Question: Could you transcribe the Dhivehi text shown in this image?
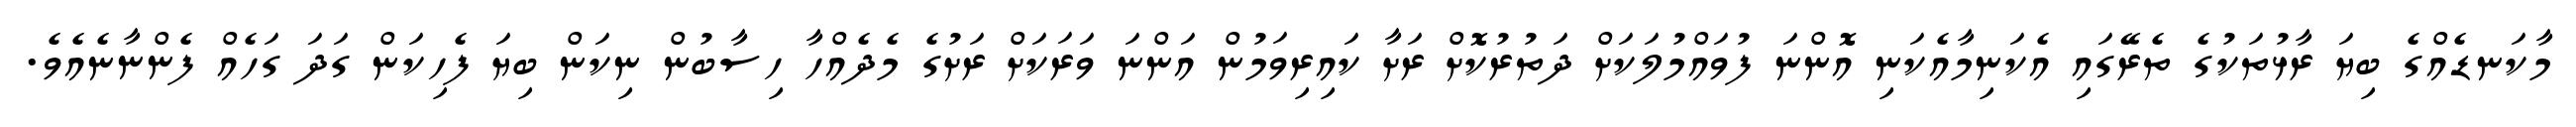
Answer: މާކަނޑެއްގެ ބިޔަ ރާޅުތަކުގެ ތެރޭގައި އެކަނިމާއެކަނި އޮންނަ ފުވައްމުލަކަށް ދަތުރުކޮށް ރަށާ ކައިރިވަމުން އަންނަ ވަރަކަށް ރަށުގެ މެދެއްހާ ހިސާބުން ނިކަން ބިޔަ ފެހިކަން ގަދަ ގަހެއް ފެންނާނެއެވެ.